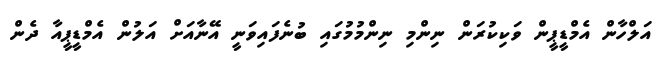
އަލްހާން އެމްޑީޕީން ވަކިކުރަން ނިންމި ނިންމުމުގައި ބުނެފައިވަނީ އޭނާއަށް އަލުން އެމްޑީޕީއާ ދެން